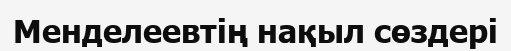
Менделеевтің нақыл сөздері